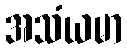
အသံယမာ